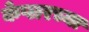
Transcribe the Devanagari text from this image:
केप्लरच्या